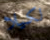
لكيلا